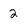
Character: 2